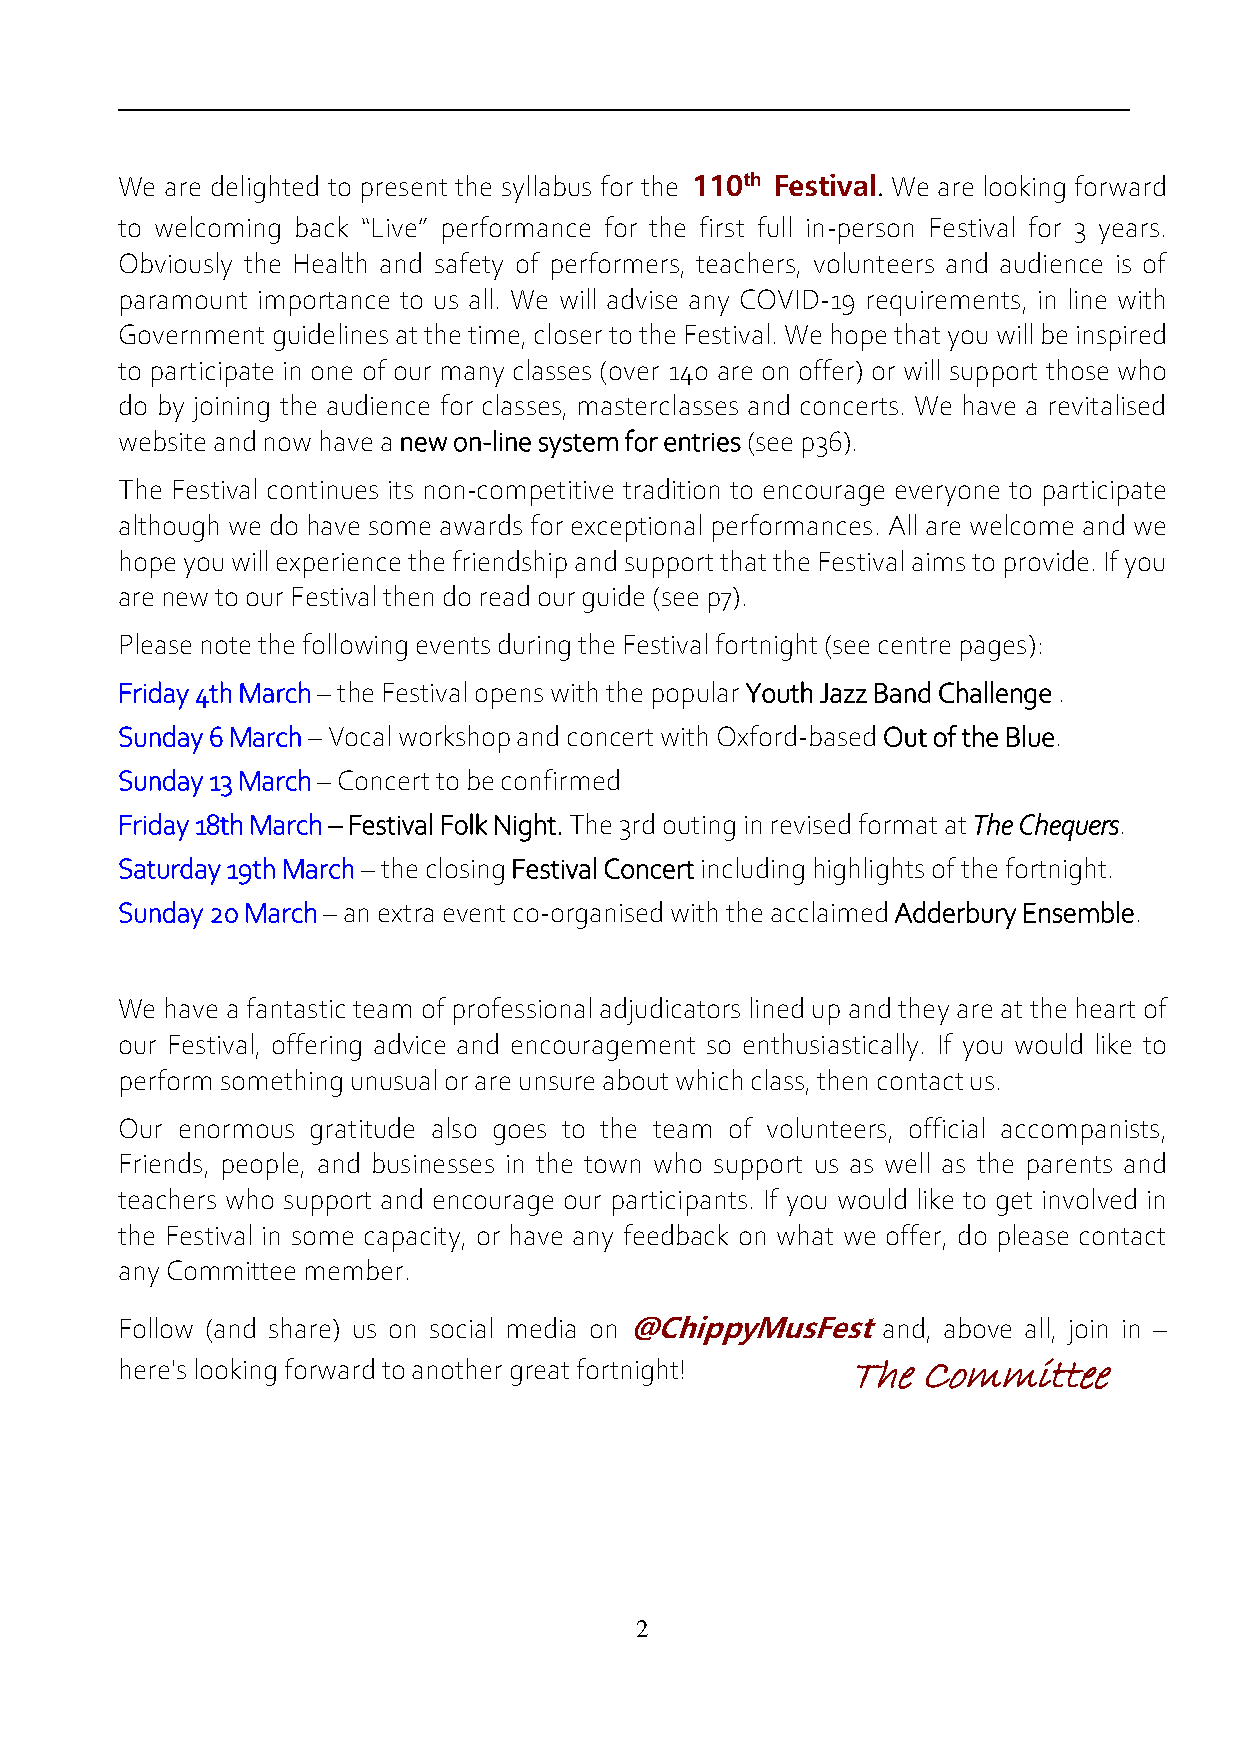
We are delighted to present the syllabus for the 110th Festival. We are looking forward
 to welcoming back “Live” performance for the first full in-person Festival for 3 years.
 Obviously the Health and safety of performers, teachers, volunteers and audience is of
 paramount importance to us all. We will advise any COVID-19 requirements, in line with
 Government guidelines at the time, closer to the Festival. We hope that you will be inspired
 to participate in one of our many classes (over 140 are on offer) or will support those who
 do by joining the audience for classes, masterclasses and concerts. We have a revitalised
 website and now have a new on-line system for entries (see p36).
 The Festival continues its non-competitive tradition to encourage everyone to participate
 although we do have some awards for exceptional performances. All are welcome and we
 hope you will experience the friendship and support that the Festival aims to provide. If you
 are new to our Festival then do read our guide (see p7).
 Please note the following events during the Festival fortnight (see centre pages):
 Friday 4th March – the Festival opens with the popular Youth Jazz Band Challenge .
 Sunday 6 March – Vocal workshop and concert with Oxford-based Out of the Blue.
 Sunday 13 March – Concert to be confirmed
 Friday 18th March – Festival Folk Night. The 3rd outing in revised format at The Chequers.
 Saturday 19th March – the closing Festival Concert including highlights of the fortnight.
 Sunday 20 March – an extra event co-organised with the acclaimed Adderbury Ensemble.
 We have a fantastic team of professional adjudicators lined up and they are at the heart of
 our Festival, offering advice and encouragement so enthusiastically. If you would like to
 perform something unusual or are unsure about which class, then contact us.
 Our enormous gratitude also goes to the team of volunteers, official accompanists,
 Friends, people, and businesses in the town who support us as well as the parents and
 teachers who support and encourage our participants. If you would like to get involved in
 the Festival in some capacity, or have any feedback on what we offer, do please contact
 any Committee member.
 Follow (and share) us on social media on @ChippyMusFest and, above all, join in –
 here's looking forward to another great fortnight! The Committee
 2